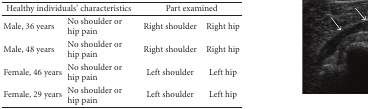
| <COLSPAN=2> Healthy individuals' characteristics | <COLSPAN=2> Part examined |
 | --- | --- | --- | --- |
 | Male, 36 years | No shoulder or hip pain | Right shoulder | Right hip |
 | Male, 48 years | No shoulder or hip pain | Right shoulder | Right hip |
 | Female, 46 years | No shoulder or hip pain | Left shoulder | Left hip |
 | Female, 29 years | No shoulder or hip pain | Left shoulder | Left hip |